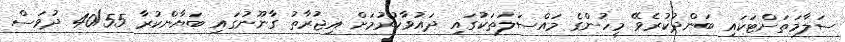
ސަލާމަތަށްޓަކައި ބަންދުކުރެވޭ މީހުންގެ މައްސަލަތަކުގައި ދައުވާކުރުމަށް އިޖުރާތު ގާނޫނުގައި ބަޔާންކުރާ 40/55 ދުވަސް